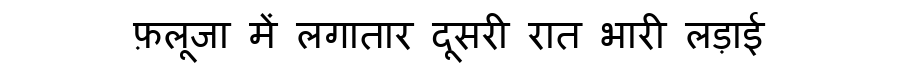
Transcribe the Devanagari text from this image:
फ़लूजा में लगातार दूसरी रात भारी लड़ाई